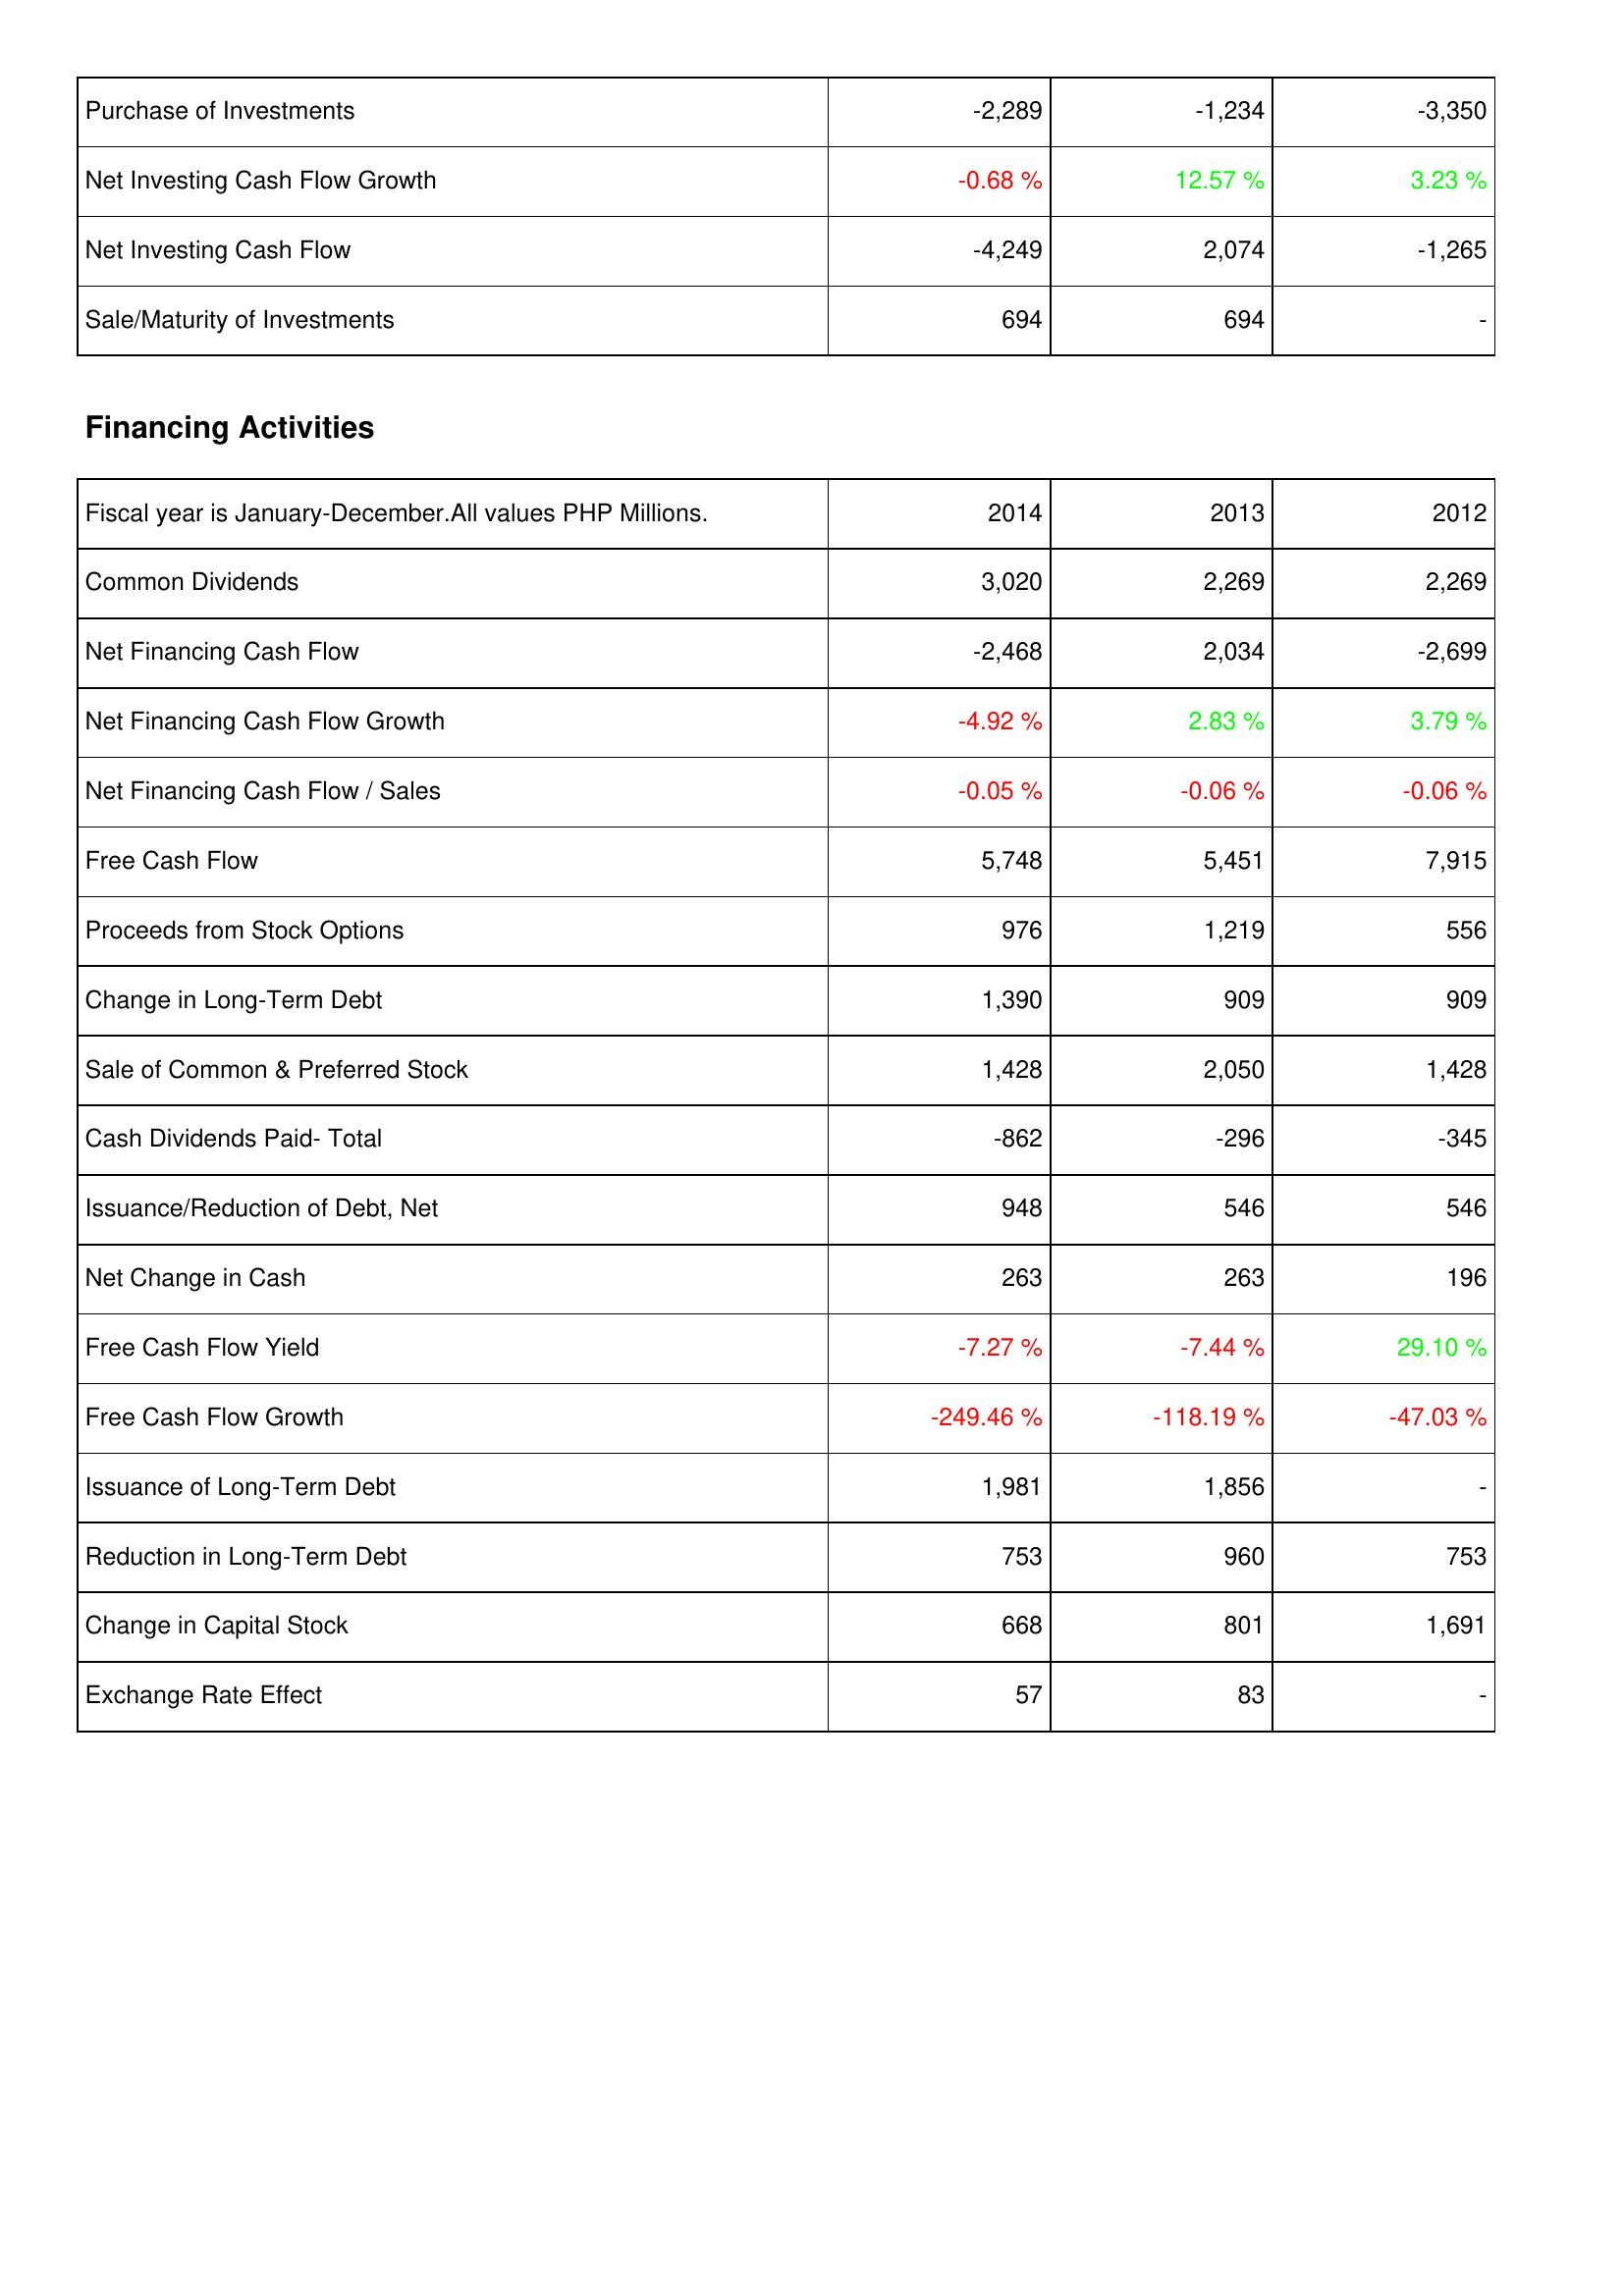
2014: Investing Activities: Purchase of Investments: -2,289
Net Investing Cash Flow Growth: -0.68 %
Net Investing Cash Flow: -4,249
Sale/Maturity of Investments: 694
Financing Activities: Common Dividends: 3,020
Net Financing Cash Flow: -2,468
Net Financing Cash Flow Growth: -4.92 %
Net Financing Cash Flow / Sales: -0.05 %
Free Cash Flow: 5,748
Proceeds from Stock Options: 976
Change in Long-Term Debt: 1,390
Sale of Common & Preferred Stock: 1,428
Cash Dividends Paid- Total: -862
Issuance/Reduction of Debt, Net: 948
Net Change in Cash: 263
Free Cash Flow Yield: -7.27 %
Free Cash Flow Growth: -249.46 %
Issuance of Long-Term Debt: 1,981
Reduction in Long-Term Debt: 753
Change in Capital Stock: 668
Exchange Rate Effect: 57
2013: Investing Activities: Purchase of Investments: -1,234
Net Investing Cash Flow Growth: 12.57 %
Net Investing Cash Flow: 2,074
Sale/Maturity of Investments: 694
Financing Activities: Common Dividends: 2,269
Net Financing Cash Flow: 2,034
Net Financing Cash Flow Growth: 2.83 %
Net Financing Cash Flow / Sales: -0.06 %
Free Cash Flow: 5,451
Proceeds from Stock Options: 1,219
Change in Long-Term Debt: 909
Sale of Common & Preferred Stock: 2,050
Cash Dividends Paid- Total: -296
Issuance/Reduction of Debt, Net: 546
Net Change in Cash: 263
Free Cash Flow Yield: -7.44 %
Free Cash Flow Growth: -118.19 %
Issuance of Long-Term Debt: 1,856
Reduction in Long-Term Debt: 960
Change in Capital Stock: 801
Exchange Rate Effect: 83
2012: Investing Activities: Purchase of Investments: -3,350
Net Investing Cash Flow Growth: 3.23 %
Net Investing Cash Flow: -1,265
Sale/Maturity of Investments: -
Financing Activities: Common Dividends: 2,269
Net Financing Cash Flow: -2,699
Net Financing Cash Flow Growth: 3.79 %
Net Financing Cash Flow / Sales: -0.06 %
Free Cash Flow: 7,915
Proceeds from Stock Options: 556
Change in Long-Term Debt: 909
Sale of Common & Preferred Stock: 1,428
Cash Dividends Paid- Total: -345
Issuance/Reduction of Debt, Net: 546
Net Change in Cash: 196
Free Cash Flow Yield: 29.10 %
Free Cash Flow Growth: -47.03 %
Issuance of Long-Term Debt: -
Reduction in Long-Term Debt: 753
Change in Capital Stock: 1,691
Exchange Rate Effect: -